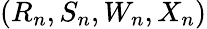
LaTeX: (R_{n},S_{n},W_{n},X_{n})